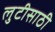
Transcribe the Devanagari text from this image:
लुटीसाठी